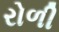
રોળી